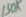
Text: 130K